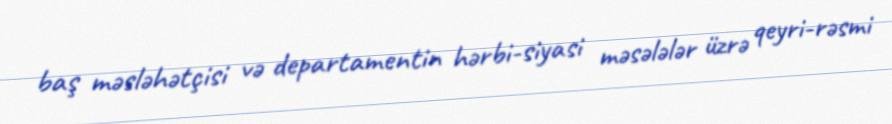
baş məsləhətçisi və departamentin hərbi-siyasi məsələlər üzrə qeyri-rəsmi